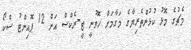
މެޗުގެ މޮޅު ކުޅުންތެރިޔާގެ މަގާމަށް ހޮވުނީ ޓީ-ރެކްސް އަށް 12 ޕޮއިންޓު ސްކޯ